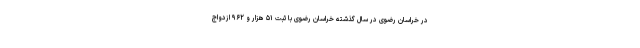
در خراسان رضوی در سال گذشته خراسان رضوی با ثبت ۵۱ هزار و ۹۶۲ ازدواج